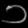
Digit: ၁